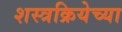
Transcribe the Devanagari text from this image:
शस्त्रक्रियेच्या